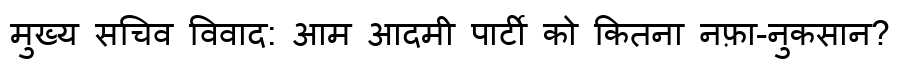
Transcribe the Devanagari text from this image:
मुख्य सचिव विवाद: आम आदमी पार्टी को कितना नफ़ा-नुकसान?